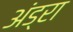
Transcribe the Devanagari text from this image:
अंड्रा